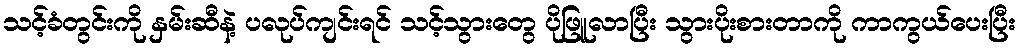
သင့်ခံတွင်းကို နှမ်းဆီနဲ့ ပလုပ်ကျင်းရင် သင့်သွားတွေ ပိုဖြူလာပြီး သွားပိုးစားတာကို ကာကွယ်ပေးပြီး